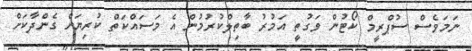
ނަމަވެސް ސުޕްރީމް ކޯޓުން ވަގުތީ އަމުރު ބާތިލްކުރުމުން އެ މަސައްކަތް ކުރިޔަށް ގެންދާކަށް